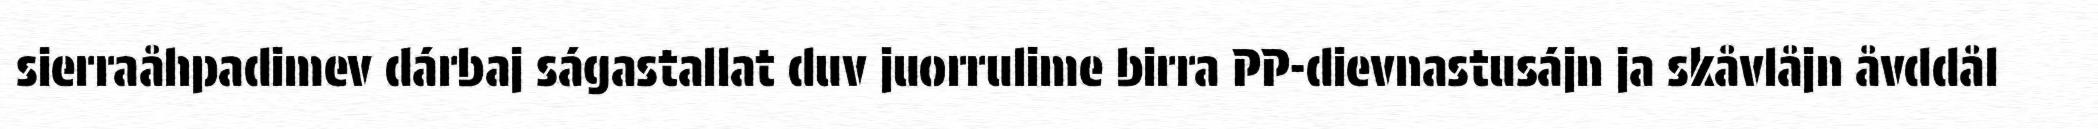
sierraåhpadimev dárbaj ságastallat duv juorrulime birra PP-dievnastusájn ja skåvlåjn åvddål